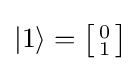
|1\rangle ={\bigl [}{\begin{smallmatrix}0\\1\end{smallmatrix}}{\bigr ]}